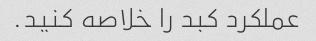
عملکرد کبد را خلاصه کنید.